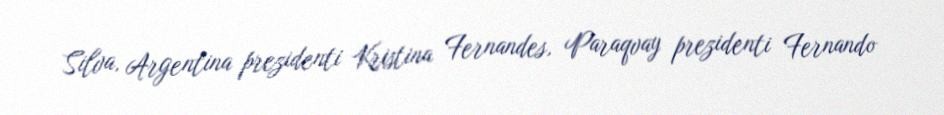
Silva, Argentina prezidenti Kristina Fernandes, Paraqvay prezidenti Fernando